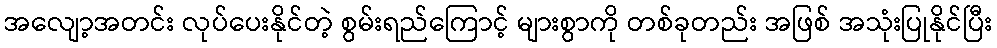
အလျော့အတင်း လုပ်ပေးနိုင်တဲ့ စွမ်းရည်ကြောင့် များစွာကို တစ်ခုတည်း အဖြစ် အသုံးပြုနိုင်ပြီး